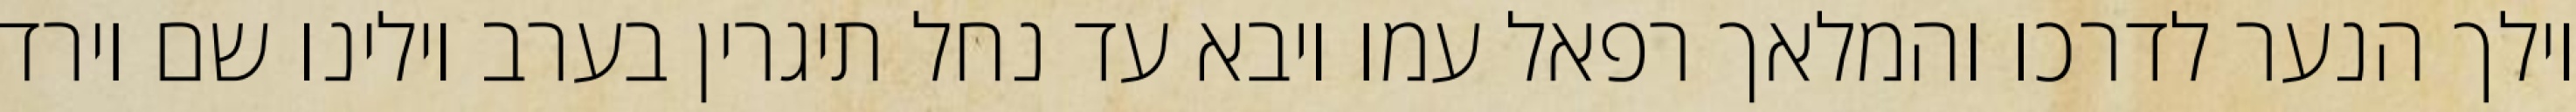
וילך הנער לדרכו והמלאך רפאל עמו ויבא עד נחל תיגרין בערב וילינו שם וירד